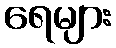
ရေများ